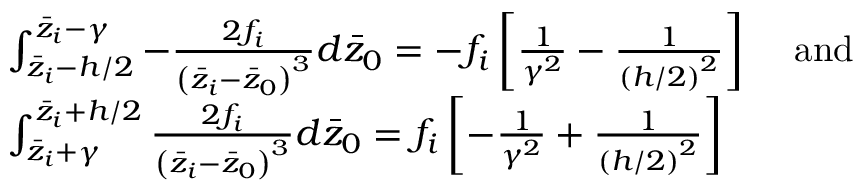
\begin{array} { r l } & { \int _ { \bar { z } _ { i } - h / 2 } ^ { \bar { z } _ { i } - \gamma } - \frac { 2 f _ { i } } { \left( \bar { z } _ { i } - \bar { z } _ { 0 } \right) ^ { 3 } } d \bar { z } _ { 0 } = - f _ { i } \left[ \frac { 1 } { \gamma ^ { 2 } } - \frac { 1 } { \left( h / 2 \right) ^ { 2 } } \right] \, \quad \mathrm { a n d } } \\ & { \int _ { \bar { z } _ { i } + \gamma } ^ { \bar { z } _ { i } + h / 2 } \frac { 2 f _ { i } } { \left( \bar { z } _ { i } - \bar { z } _ { 0 } \right) ^ { 3 } } d \bar { z } _ { 0 } = f _ { i } \left[ - \frac { 1 } { \gamma ^ { 2 } } + \frac { 1 } { \left( h / 2 \right) ^ { 2 } } \right] } \end{array}